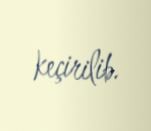
keçirilib.